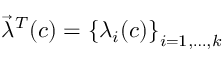
\vec { \lambda } ^ { T } ( c ) = \left\{ \lambda _ { i } ( c ) \right\} _ { i = 1 , \ldots , k }